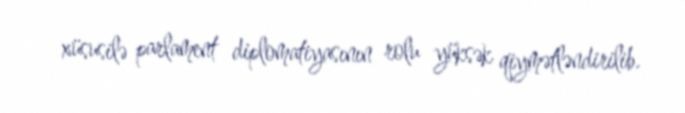
xüsusilə parlament diplomatiyasının rolu yüksək qiymətləndirilib.